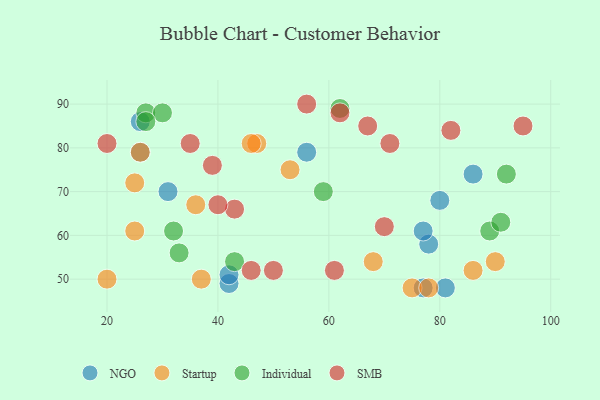
{"axis": {"x": "GDP", "y": "Life Expectancy"}, "legend": ["Individual", "NGO", "SMB", "Startup"], "data": [{"x": "86", "y": 74, "type": "NGO"}, {"x": "77", "y": 48, "type": "NGO"}, {"x": "56", "y": 79, "type": "NGO"}, {"x": "42", "y": 49, "type": "NGO"}, {"x": "78", "y": 58, "type": "NGO"}, {"x": "80", "y": 68, "type": "NGO"}, {"x": "26", "y": 79, "type": "NGO"}, {"x": "26", "y": 86, "type": "NGO"}, {"x": "77", "y": 61, "type": "NGO"}, {"x": "81", "y": 48, "type": "NGO"}, {"x": "42", "y": 51, "type": "NGO"}, {"x": "31", "y": 70, "type": "NGO"}, {"x": "25", "y": 72, "type": "Startup"}, {"x": "68", "y": 54, "type": "Startup"}, {"x": "25", "y": 61, "type": "Startup"}, {"x": "20", "y": 50, "type": "Startup"}, {"x": "53", "y": 75, "type": "Startup"}, {"x": "75", "y": 48, "type": "Startup"}, {"x": "78", "y": 48, "type": "Startup"}, {"x": "90", "y": 54, "type": "Startup"}, {"x": "36", "y": 67, "type": "Startup"}, {"x": "47", "y": 81, "type": "Startup"}, {"x": "37", "y": 50, "type": "Startup"}, {"x": "46", "y": 81, "type": "Startup"}, {"x": "86", "y": 52, "type": "Startup"}, {"x": "26", "y": 79, "type": "Startup"}, {"x": "89", "y": 61, "type": "Individual"}, {"x": "62", "y": 89, "type": "Individual"}, {"x": "33", "y": 56, "type": "Individual"}, {"x": "27", "y": 88, "type": "Individual"}, {"x": "32", "y": 61, "type": "Individual"}, {"x": "30", "y": 88, "type": "Individual"}, {"x": "92", "y": 74, "type": "Individual"}, {"x": "59", "y": 70, "type": "Individual"}, {"x": "27", "y": 86, "type": "Individual"}, {"x": "91", "y": 63, "type": "Individual"}, {"x": "43", "y": 54, "type": "Individual"}, {"x": "82", "y": 84, "type": "SMB"}, {"x": "35", "y": 81, "type": "SMB"}, {"x": "67", "y": 85, "type": "SMB"}, {"x": "20", "y": 81, "type": "SMB"}, {"x": "39", "y": 76, "type": "SMB"}, {"x": "43", "y": 66, "type": "SMB"}, {"x": "62", "y": 88, "type": "SMB"}, {"x": "46", "y": 52, "type": "SMB"}, {"x": "95", "y": 85, "type": "SMB"}, {"x": "70", "y": 62, "type": "SMB"}, {"x": "71", "y": 81, "type": "SMB"}, {"x": "50", "y": 52, "type": "SMB"}, {"x": "61", "y": 52, "type": "SMB"}, {"x": "40", "y": 67, "type": "SMB"}, {"x": "56", "y": 90, "type": "SMB"}]}